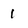
Character: 1